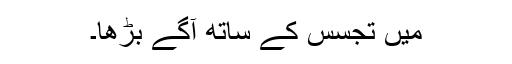
میں تجسس کے ساتھ آگے بڑھا۔